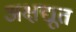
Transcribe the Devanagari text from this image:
अक्षद्यूत